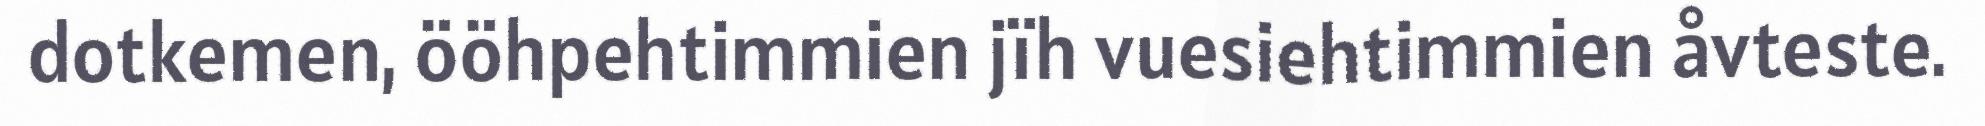
dotkemen, ööhpehtimmien jïh vuesiehtimmien åvteste.